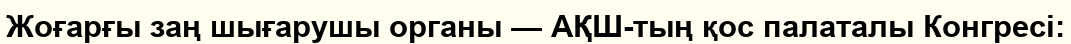
Жоғарғы заң шығарушы органы — АҚШ-тың қос палаталы Конгресі: